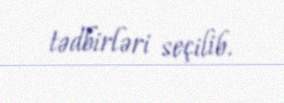
tədbirləri seçilib.